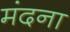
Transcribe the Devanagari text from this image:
मंदना